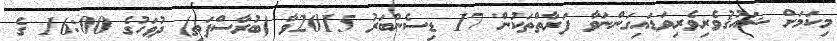
މިކަމަށް ޝައުޤުވެރިވެރިވަޑައިގަންނަވާ ފަރާތްތަކުން 17 ޑިސެންބަރު 2015ވާ (ބުރާސްފަތި) ދުވަހުގެ 16:00 ގެ